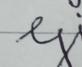
Signature authenticity: forged